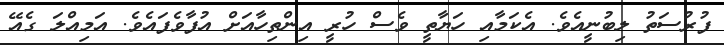
ފުރުސަތު ލިބުނީއެވެ. އެކަމާއި ހަޔާތީ ވެސް ހުރީ އިންތިހާއަށް އުފާވެފައެވެ. އަމިއްލަ ގެއޭ